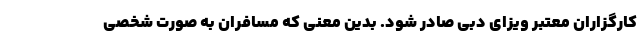
کارگزاران معتبر ویزای دبی صادر شود. بدین معنی که مسافران به صورت شخصی